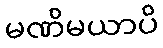
မဏိမယာပိ